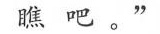
瞧吧。“